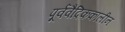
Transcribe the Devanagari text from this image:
पूर्ववैदिककालीन